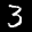
Label: 3